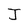
Character: J